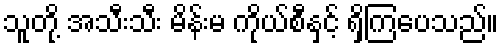
သူတို့ အသီးသီး မိန်းမ ကိုယ်စီနှင့် ရှိကြပေသည်။